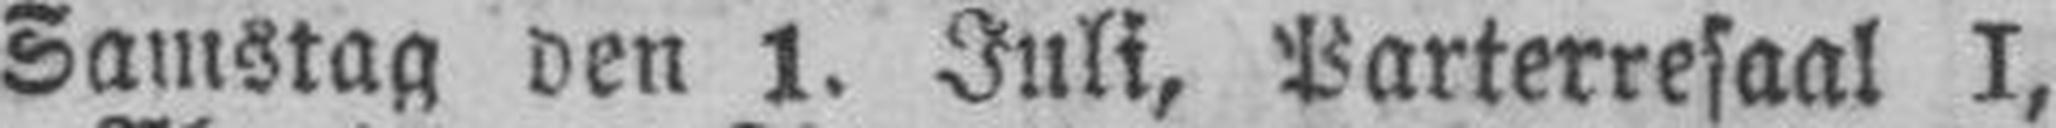
Samstag den 1. Juli, Parterresaal I,